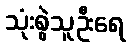
သုံးစွဲသူဦးရေ